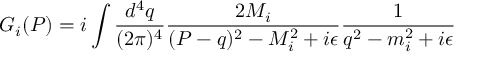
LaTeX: G _ { i } ( P ) = i \int \frac { d ^ { 4 } q } { ( 2 \pi ) ^ { 4 } } \frac { 2 M _ { i } } { ( P - q ) ^ { 2 } - M _ { i } ^ { 2 } + i \epsilon } \frac { 1 } { q ^ { 2 } - m _ { i } ^ { 2 } + i \epsilon }